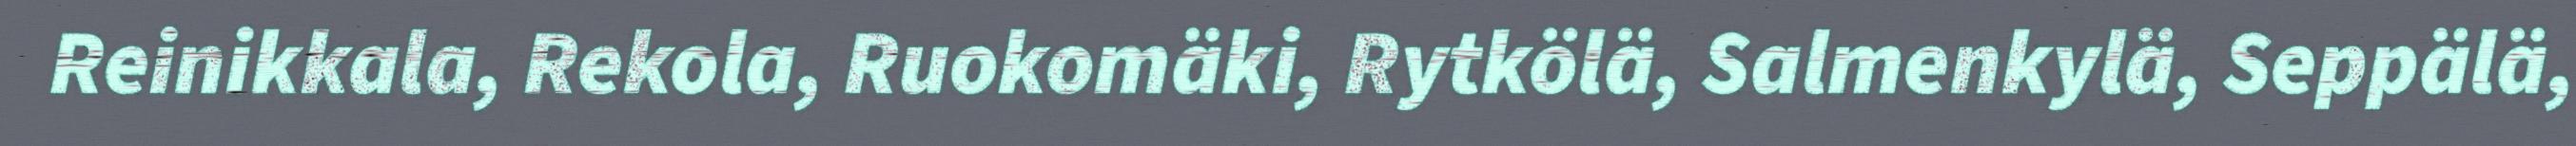
Reinikkala, Rekola, Ruokomäki, Rytkölä, Salmenkylä, Seppälä,